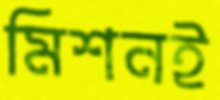
মিশনই